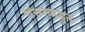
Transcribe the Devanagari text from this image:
पंचांकडून